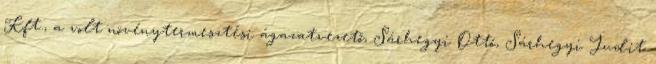
Kft., a volt növénytermesztési ágazatvezető, Sárhegyi Ottó, Sárhegyi Judit